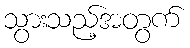
သွားသည့်အတွက်